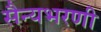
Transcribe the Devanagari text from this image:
सैन्यभरणी